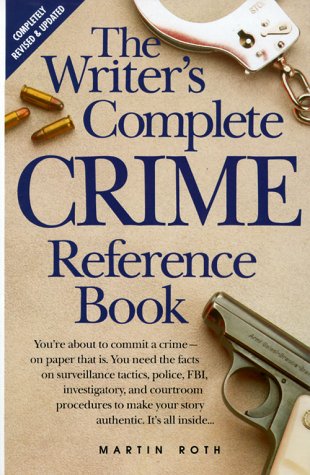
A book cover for The Writer's Complete Crime Reference Book; Martin Roth; Mystery, Thriller & Suspense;